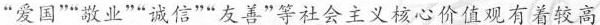
”爱国””敬业””诚信”友善”等社会主义核心价值观有着较高